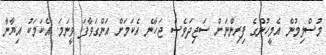
މުސްލިމުން އެމީހުންގެ ފިރިންނަށް ސަޖިދަވެސް ޖަހާނެ އެކަމަށް އަންގަވާފަ ވީނަމަ. އެކަމަކު އިޔާނާ